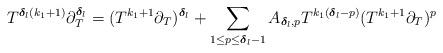
LaTeX: \begin{align*}T^{\boldsymbol{\delta}_{l}(k_{1}+1)} \partial_{T}^{\boldsymbol{\delta}_l} = (T^{k_{1}+1}\partial_{T})^{\boldsymbol{\delta}_l} +\sum_{1 \leq p \leq \boldsymbol{\delta}_{l}-1} A_{\boldsymbol{\delta}_{l},p} T^{k_{1}(\boldsymbol{\delta}_{l}-p)}(T^{k_{1}+1}\partial_{T})^{p}\end{align*}